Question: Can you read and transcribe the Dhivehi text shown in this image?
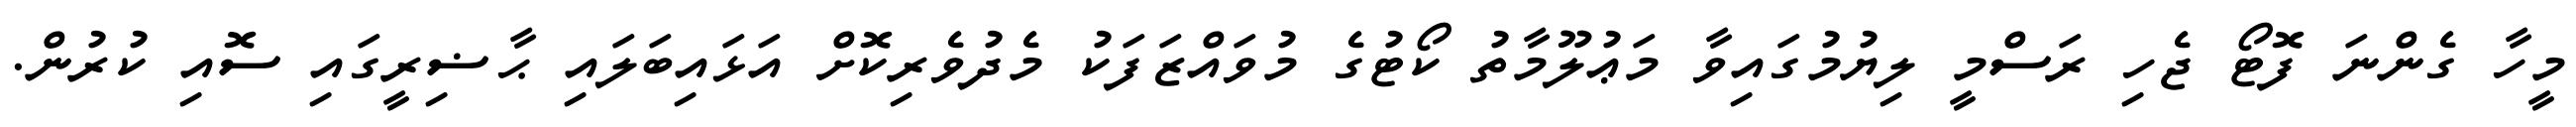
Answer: މީހާ ގެންނަ ފޮޓޯ ޖެހި ރަސްމީ ލިޔުމުގައިވާ މަޢުލޫމާތު ކޯޓުގެ މުވައްޒަފަކު މެދުވެރިކޮށް އަޅައިބަލައި ޙާޟިރީގައި ސޮއި ކުރުން.